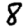
Digit: 8